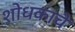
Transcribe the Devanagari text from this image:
शोधकाचे